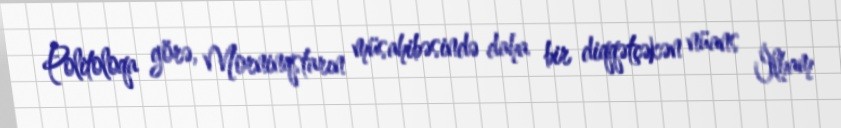
Politoloqa görə, Morninqstarın müsahibəsində daha bir diqqətçəkən nüans İlham